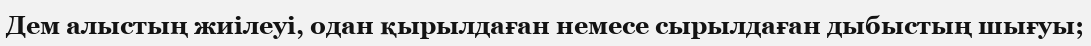
Дем алыстың жиілеуі, одан қырылдаған немесе сырылдаған дыбыстың шығуы;